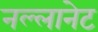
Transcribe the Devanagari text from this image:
नल्लानेट